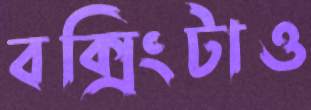
বক্সিংটাও